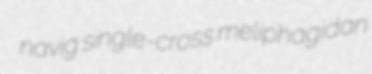
navig single-cross meliphagidan